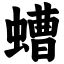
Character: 螬